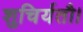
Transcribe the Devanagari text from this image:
शुचिर्यतौ।